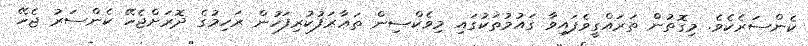
ކެންސަރެކެވެ. މިގޮތުން ތަރައްގީވެފައިވާ ގައުމުތަކުގައި މިވެކްސިން ތަޢާރަފުކުރިފަހުން ރަހިމުގެ ދޮރަށްޖެހޭ ކެންސަރު ޖެހޭ